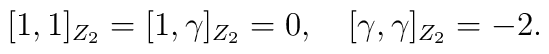
\lbrack 1,1 \rbrack_{Z_2}= \lbrack 1,\gamma \rbrack_{Z_2}=0,\quad	\lbrack \gamma,\gamma \rbrack_{Z_2}=-2.